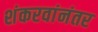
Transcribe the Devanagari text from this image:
शंकरवांनंतर